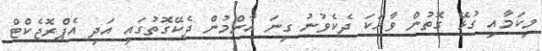
މިކަމާއި ގުޅޭ ގޮތުން ވާހަކަ ދެކެވުނު ގިނަ އާންމުން ދެކޭގޮތުގައި އަދި އެޕްރޮޖެކްޓް